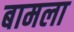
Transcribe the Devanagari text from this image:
बामला